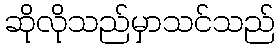
ဆိုလိုသည်မှာသင်သည်